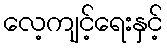
လေ့ကျင့်ရေးနှင့်